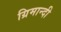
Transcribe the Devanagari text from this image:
ग्रिमान्दी